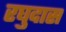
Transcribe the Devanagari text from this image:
रघुदास